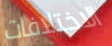
الاختلافات